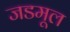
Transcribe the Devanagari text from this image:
जडमूल